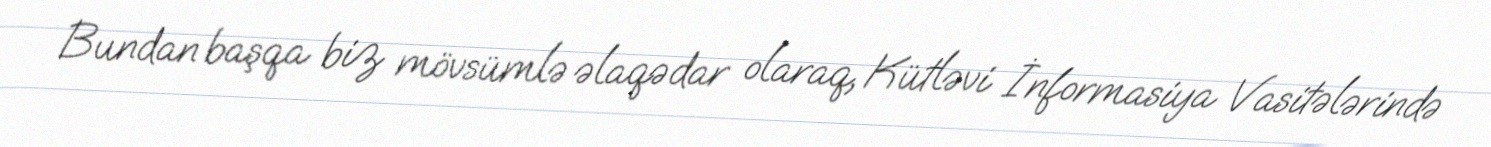
Bundan başqa biz mövsümlə əlaqədar olaraq, Kütləvi İnformasiya Vasitələrində